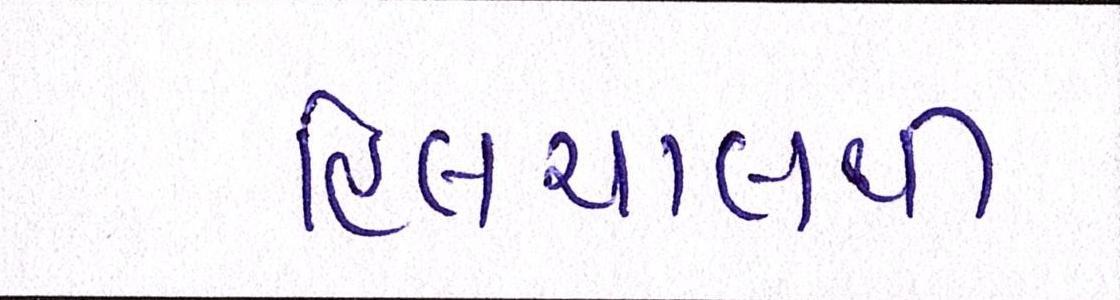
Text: હિલચાલથી